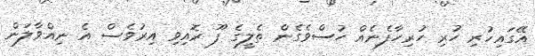
އޭގައިހުރި ހުރި ހުރިހާފެނެއް ހުސްވެގެން ތެލީގެ ފޫ ރޮއިވި އިރުވެސް އެ ނިއްވާލަން